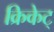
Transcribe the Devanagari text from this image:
क्रिकेट्